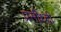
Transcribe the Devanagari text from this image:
प्रसीध्दी